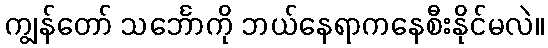
ကျွန်တော် သင်္ဘောကို ဘယ်နေရာကနေစီးနိုင်မလဲ။